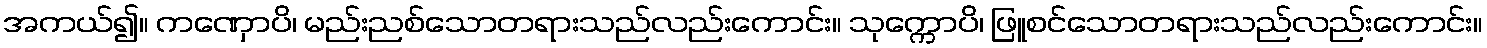
အကယ်၍။ ကဏှောပိ၊ မည်းညစ်သောတရားသည်လည်းကောင်း။ သုက္ကောပိ၊ ဖြူစင်သောတရားသည်လည်းကောင်း။